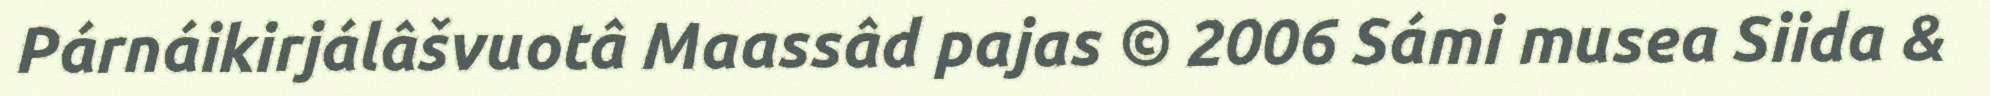
Párnáikirjálâšvuotâ Maassâd pajas © 2006 Sámi musea Siida &